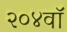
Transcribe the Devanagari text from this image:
२०४वॉ